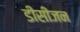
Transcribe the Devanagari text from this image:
डीसीजन